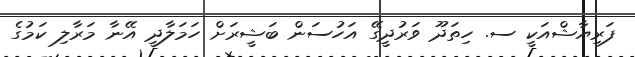
ފަރިޔާޝްއަކީ ސ. ހިތަދޫ ވަރުދީގޭ އަހުސަން ބަޝީރަށް ހަމަލާދީ އޭނާ މަރާލި ކަމުގެ